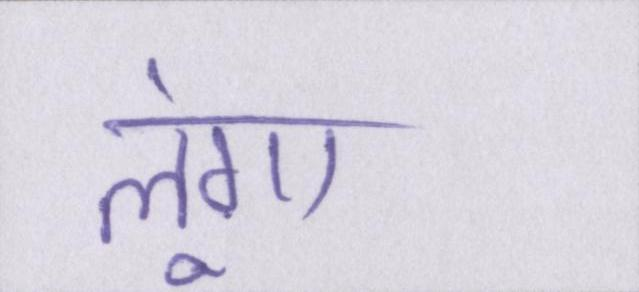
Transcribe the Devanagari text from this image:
लूंगा।